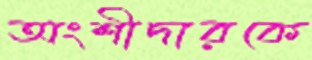
অংশীদারকে